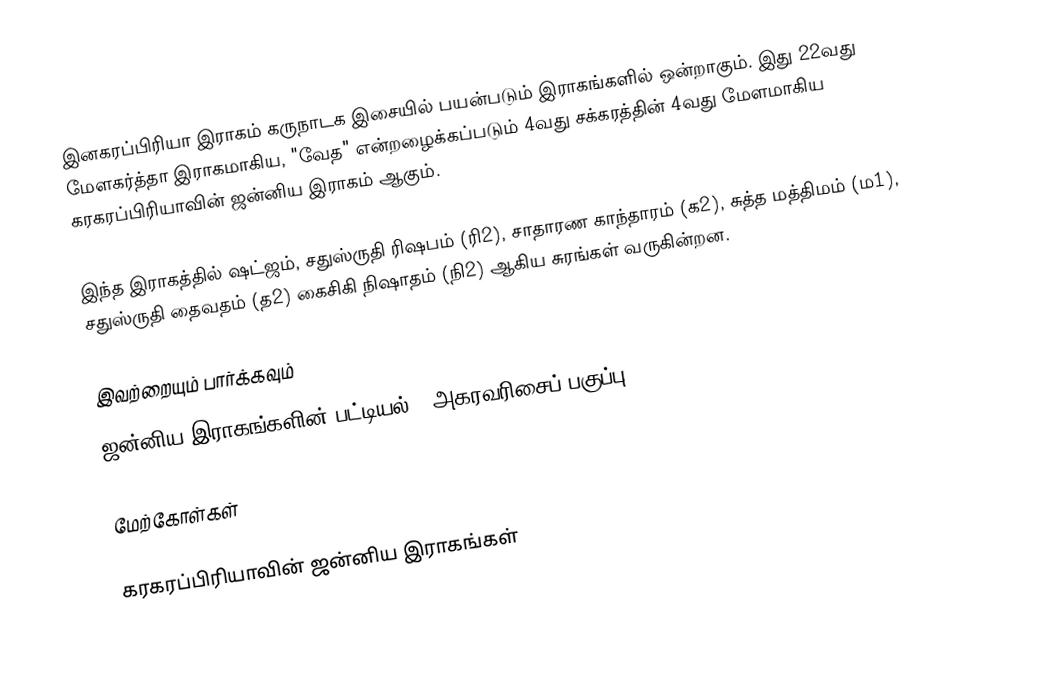
இனகரப்பிரியா இராகம் கருநாடக இசையில் பயன்படும் இராகங்களில் ஒன்றாகும். இது 22வது மேளகர்த்தா இராகமாகிய, "வேத" என்றழைக்கப்படும் 4வது சக்கரத்தின் 4வது மேளமாகிய கரகரப்பிரியாவின் ஜன்னிய இராகம் ஆகும்.

இந்த இராகத்தில் ஷட்ஜம், சதுஸ்ருதி ரிஷபம் (ரி2), சாதாரண காந்தாரம் (க2), சுத்த மத்திமம் (ம1), சதுஸ்ருதி தைவதம் (த2) கைசிகி நிஷாதம் (நி2) ஆகிய சுரங்கள் வருகின்றன.

இவற்றையும் பார்க்கவும்
 ஜன்னிய இராகங்களின் பட்டியல் - அகரவரிசைப் பகுப்பு

மேற்கோள்கள்

கரகரப்பிரியாவின் ஜன்னிய இராகங்கள்